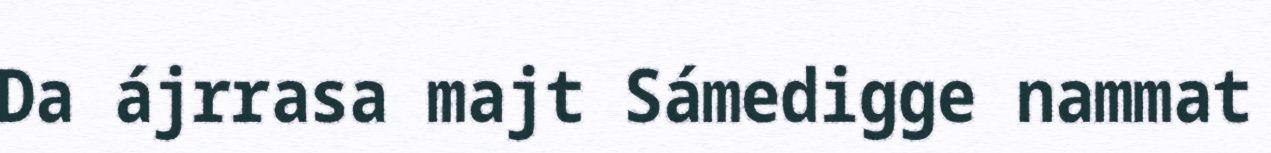
Da ájrrasa majt Sámedigge nammat